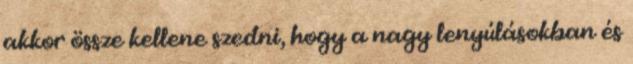
akkor össze kellene szedni, hogy a nagy lenyúlásokban és